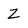
Character: Z